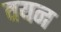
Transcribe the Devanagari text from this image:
वयन